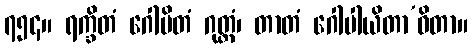
၇၅၄။ ရက္ခိတံ ဂေါပိတံ ဂုတ္တံ၊ တာတံ ဂေါပါယိတာ’ဝိတာ။